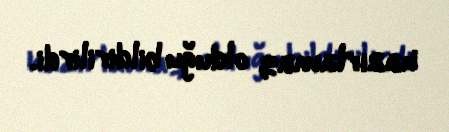
hazırlamaq olduğu bildirilirdi.